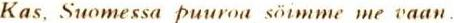
Kas, Suomessa puuroa söimme me vaan.